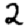
Digit: 2